Report on vaccination in Madras 1895-1903 - 1895-1903
Year: 1895
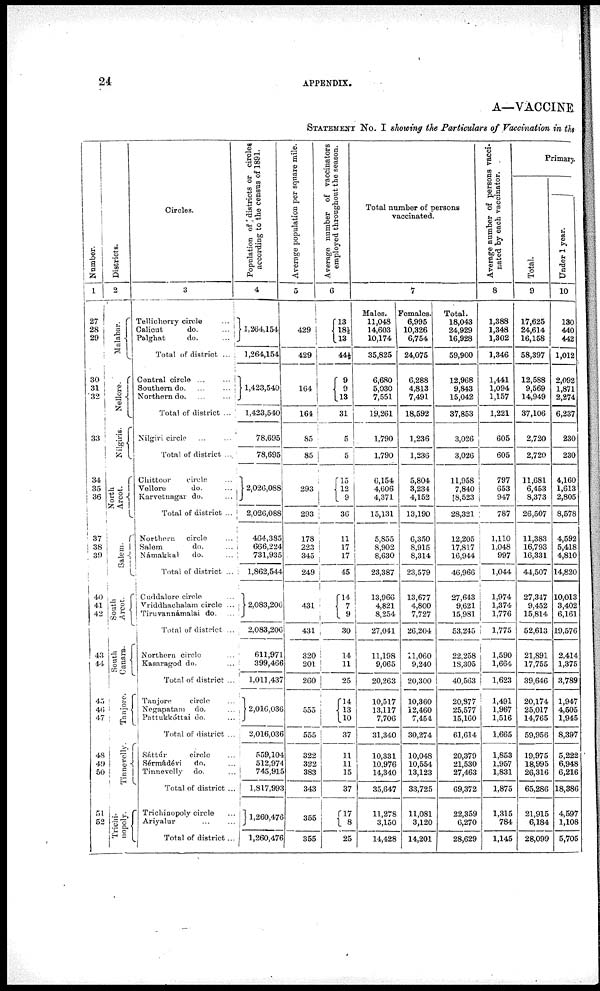
24
APPENDIX.
A—VACCINE
STATEMENT No. I showing the Particulars of Vaccination in the
Number.
1
27
28
29
30
31
32
33
34
35
36
37
38
39
40
41
42
43
44
45
46
47
48
49
50
51
52
Districts.
2
Malabar.
Nellore.
Nilgiris.
North
Arcot.
Salem.
South
Arcot.
South
Canara.
Tanjore.
Tinnevelly.
Trichi-
nopoly.
Circles.
3
Tellichorry circle
...
Calicut
do. ...
Palghat
do. ...
Total of district ...
Central circle ... ...
Southern do. ... ...
Northern do. ... ...
Total of district ...
Nilgiri circle ... ...
Total of district ...
Chittoor
circle ...
Vellore
do. ...
Karvetnagar do. ...
Total of district ...
Northern circle ...
Salem
do.
Námakkal
do. ...
Total of district ...
Cuddalore circle ...
Vriddhachalam circle ...
Tiruvannámalai do. ...
Total of district ...
Northern circle ...
Kasaragod do. ...
Total of district ...
Tanjore
circle ...
Negapatam do. ...
Pattukkóttai do. ...
Total of district ...
Sáttúr
circle ...
Sérmádévi
do. ...
Tinnevelly do. ...
Total of district ...
Trichinopoly circle ...
Ariyalur ... ...
Total of district...
Population of districts or circles
according to the census of 1891.
4
1,264,154
1,264,154
1,423,540
1,423,540
78.695
78,695
2,026,088
2,026,088
464,385
666,224
731,935
1,862,544
2,083,206
2,083,206
611,971
399,466
1,011,437
2,010,036
2,016,036
559,104
512,974
745,915
1,817,993
1,260,476
1,260,476
Average population per square mile.
5
429
429
164
164
85
85
293
293
178
223
345
249
431
431
320
201
260
555
555
322
322
383
343
355
355
Average number of vaccinators
employed throughout the season.
6
13
18½
13
44½
9
9
13
31
5
5
15
12
9
36
11
17
17
45
14
4
9
30
14
11
25
14
13
10
37
11
11
15
37
17
8
25
Total number of persons
vaccinated.
7
Males.
11,048
14,603
10,174
35,825
6,680
5,030
7,551
19,261
1,790
1,790
6,154
4,606
4,371
15,131
5,855
8,902
8,630
23,387
13,966
4,821
8,254
27,041
11,198
9,065
20,263
10,517
13,117
7,706
31,340
10,331
10,976
14,340
35,647
11,278
3,150
14,428
Females.
6,995
10,326
6,754
24,075
6,288
4,813
7,491
18,592
1,236
1,236
5,804
3,234
4,152
13,190
6,350
8,915
8,314
23,579
13,677
4,800
7,727
26,204
11,060
9,240
20,300
10,360
12,460
7,454
30,274
10,048
10,554
13,123
33,725
11,081
3,120
14,201
Total.
18,043
24,929
16,928
59,900
12,968
9,843
15,042
37,853
3,026
3,026
11,958
7,840
18,523
28,321
12,205
17,817
16,944
46,966
27,643
9,621
15,981
53,245
22,258
18,305
40,563
20,877
25,577
15,160
61,614
20,379
21,530
27,463
69,372
22,359
6,270
28,629
Average number of persons vacci-
nated by each vaccinator.
8
1,388
1,348
1,302
1,346
1,441
1,094
1,157
1,221
605
605
797
653
947
787
1,110
1,048
997
1,044
1,974
1,374
1,776
1,775
1,590
1,664
1,623
1,491
1,967
1,516
1,665
1,853
1,957
1,831
1,875
1,315
784
1,145
Primary.
Total.
9
17,625
24,614
16,158
58,397
12,588
9,569
14,949
37,106
2,720
2,720
11,681
6,453
8,373
26,507
11,383
16,793
16,331
44,507
27,347
9,452
15,814
52,613
21,891
17,755
39,646
20,174
25,017
14,765
59,956
19,975
18,995
26,316
65,286
21,915
6,184
28,099
Under 1 year.
10
130
440
442
1,012
2,092
1,871
2,274
6,237
230
230
4,160
1,613
2,805
8,578
4,592
5,418
4,810
14,820
10,013
3,402
6,161
19,576
2,414
1,375
3,789
1,947
4,505
1,945
8,397
5,222
6,948
6,216
18,386
4,597
1,108
5,705